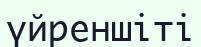
үйреншіті